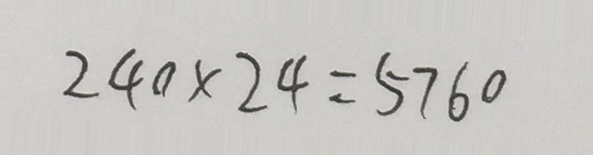
2 4 0 \times 2 4 = 5 7 6 0